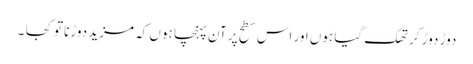
دوڑ دوڑ کر تھک گیا ہوں اور اس سطح پر آن پہنچا ہوں کہ مزید دوڑنا تو کجا ۔